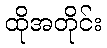
ထိုအတိုင်း